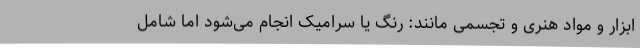
ابزار و مواد هنری و تجسمی مانند: رنگ یا سرامیک انجام می‌شود اما شامل